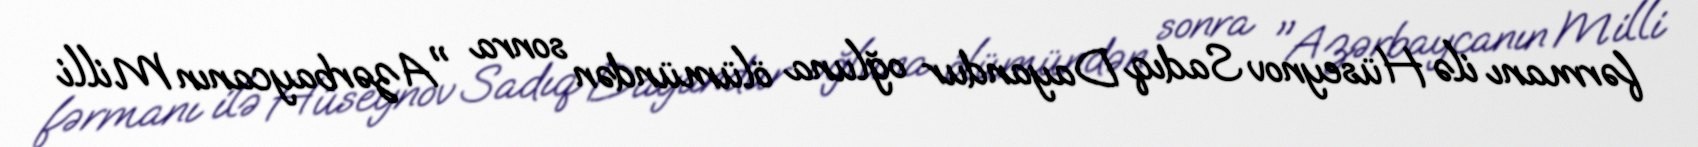
fərmanı ilə Hüseynov Sadıq Dayandur oğluna ölümündən sonra "Azərbaycanın Milli